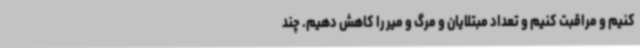
کنیم و مراقبت کنیم و تعداد مبتلایان و مرگ و میر را کاهش دهیم. چند